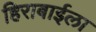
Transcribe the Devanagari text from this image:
हिराबाईला